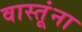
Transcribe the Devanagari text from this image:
वास्तूंना